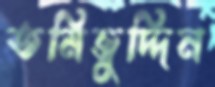
তমিজুদ্দিন